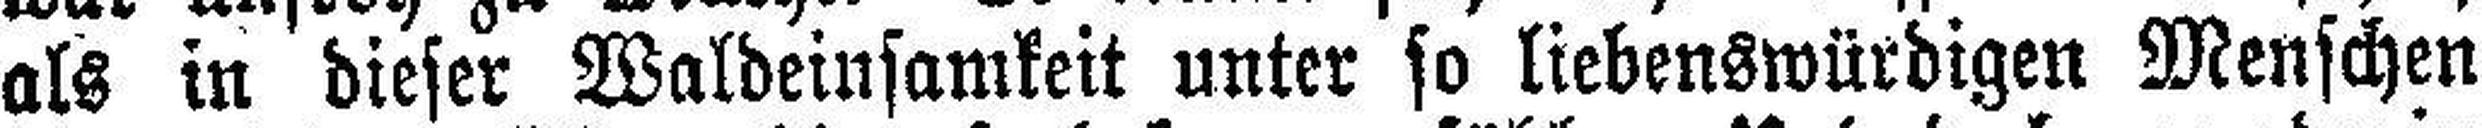
als in dieser Waldeinsamkeit unter so liebenswürdigen Menschen